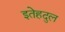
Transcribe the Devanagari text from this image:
इतेहदुल